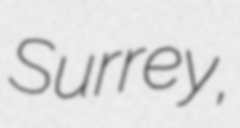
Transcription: Surrey,